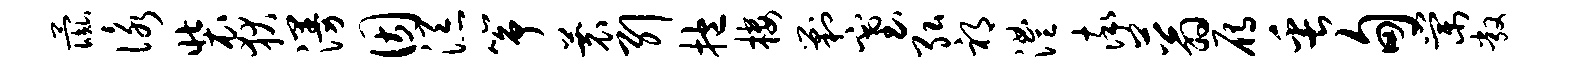
彘咏装狄漫因添筝蓑引抱楼剿塞弘祁澧率蓊雁缶甸棠敞